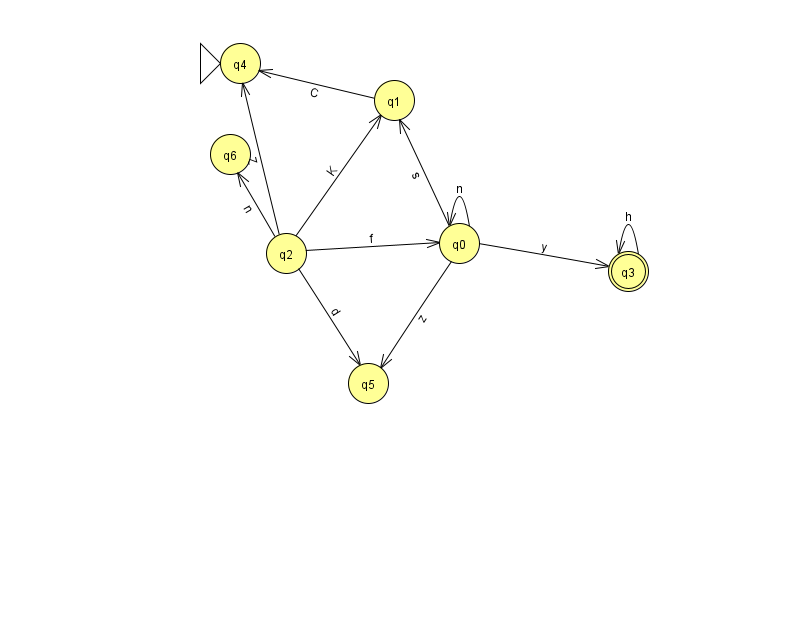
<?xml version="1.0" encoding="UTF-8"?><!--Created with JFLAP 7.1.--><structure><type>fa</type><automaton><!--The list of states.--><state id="0" name="q0"><x>459.0</x><y>230.0</y></state><state id="1" name="q1"><x>394.0</x><y>87.0</y></state><state id="2" name="q2"><x>286.0</x><y>240.0</y></state><state id="3" name="q3"><x>628.0</x><y>258.0</y><final/></state><state id="4" name="q4"><x>240.0</x><y>50.0</y><initial/></state><state id="5" name="q5"><x>368.0</x><y>370.0</y></state><state id="6" name="q6"><x>230.0</x><y>141.0</y></state><!--The list of transitions.--><transition><from>2</from><to>4</to><read>Z</read></transition><transition><from>0</from><to>3</to><read>y</read></transition><transition><from>3</from><to>3</to><read>h</read></transition><transition><from>0</from><to>5</to><read>z</read></transition><transition><from>1</from><to>4</to><read>C</read></transition><transition><from>2</from><to>6</to><read>n</read></transition><transition><from>2</from><to>0</to><read>f</read></transition><transition><from>2</from><to>1</to><read>K</read></transition><transition><from>0</from><to>0</to><read>n</read></transition><transition><from>0</from><to>1</to><read>s</read></transition><transition><from>2</from><to>5</to><read>d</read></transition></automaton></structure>